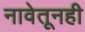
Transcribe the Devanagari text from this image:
नावेतूनही